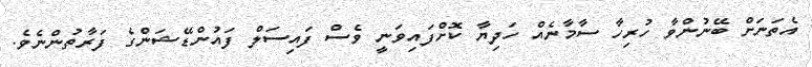
އެތަނަށް ބޭނުންވާ ހުރިހާ ސާމާނެއް ހަދިޔާ ކޮށްފައިވަނީ ވެސް ފައިސަލް ފައުންޑޭޝަންގެ ފަރާތުންނެވެ.